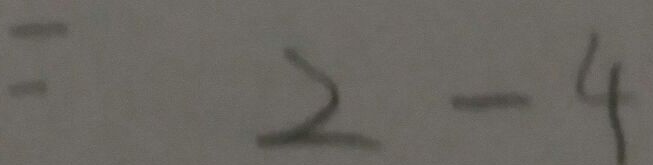
= 2 - 4